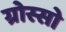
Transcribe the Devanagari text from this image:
ग्रोस्सो